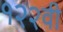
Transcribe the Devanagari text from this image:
१२२वी